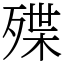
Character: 殜